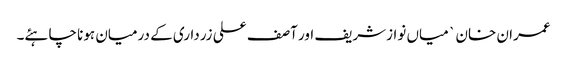
عمران خان ` میاں نوازشریف اور آصف علی زرداری کے درمیان ہونا چاہئے۔